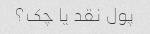
پول نقد یا چک؟